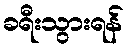
ခရီးသွားရန်